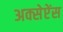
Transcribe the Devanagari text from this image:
अक्सेप्टेंस